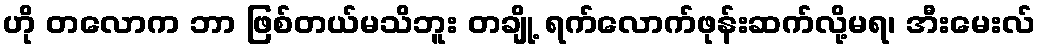
ဟို တလောက ဘာ ဖြစ်တယ်မသိဘူး တချို့ ရက်လောက်ဖုန်းဆက်လို့မရ၊ အီးမေးလ်